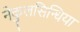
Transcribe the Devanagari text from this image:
नेकुलसिन्धिया